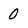
Character: 0